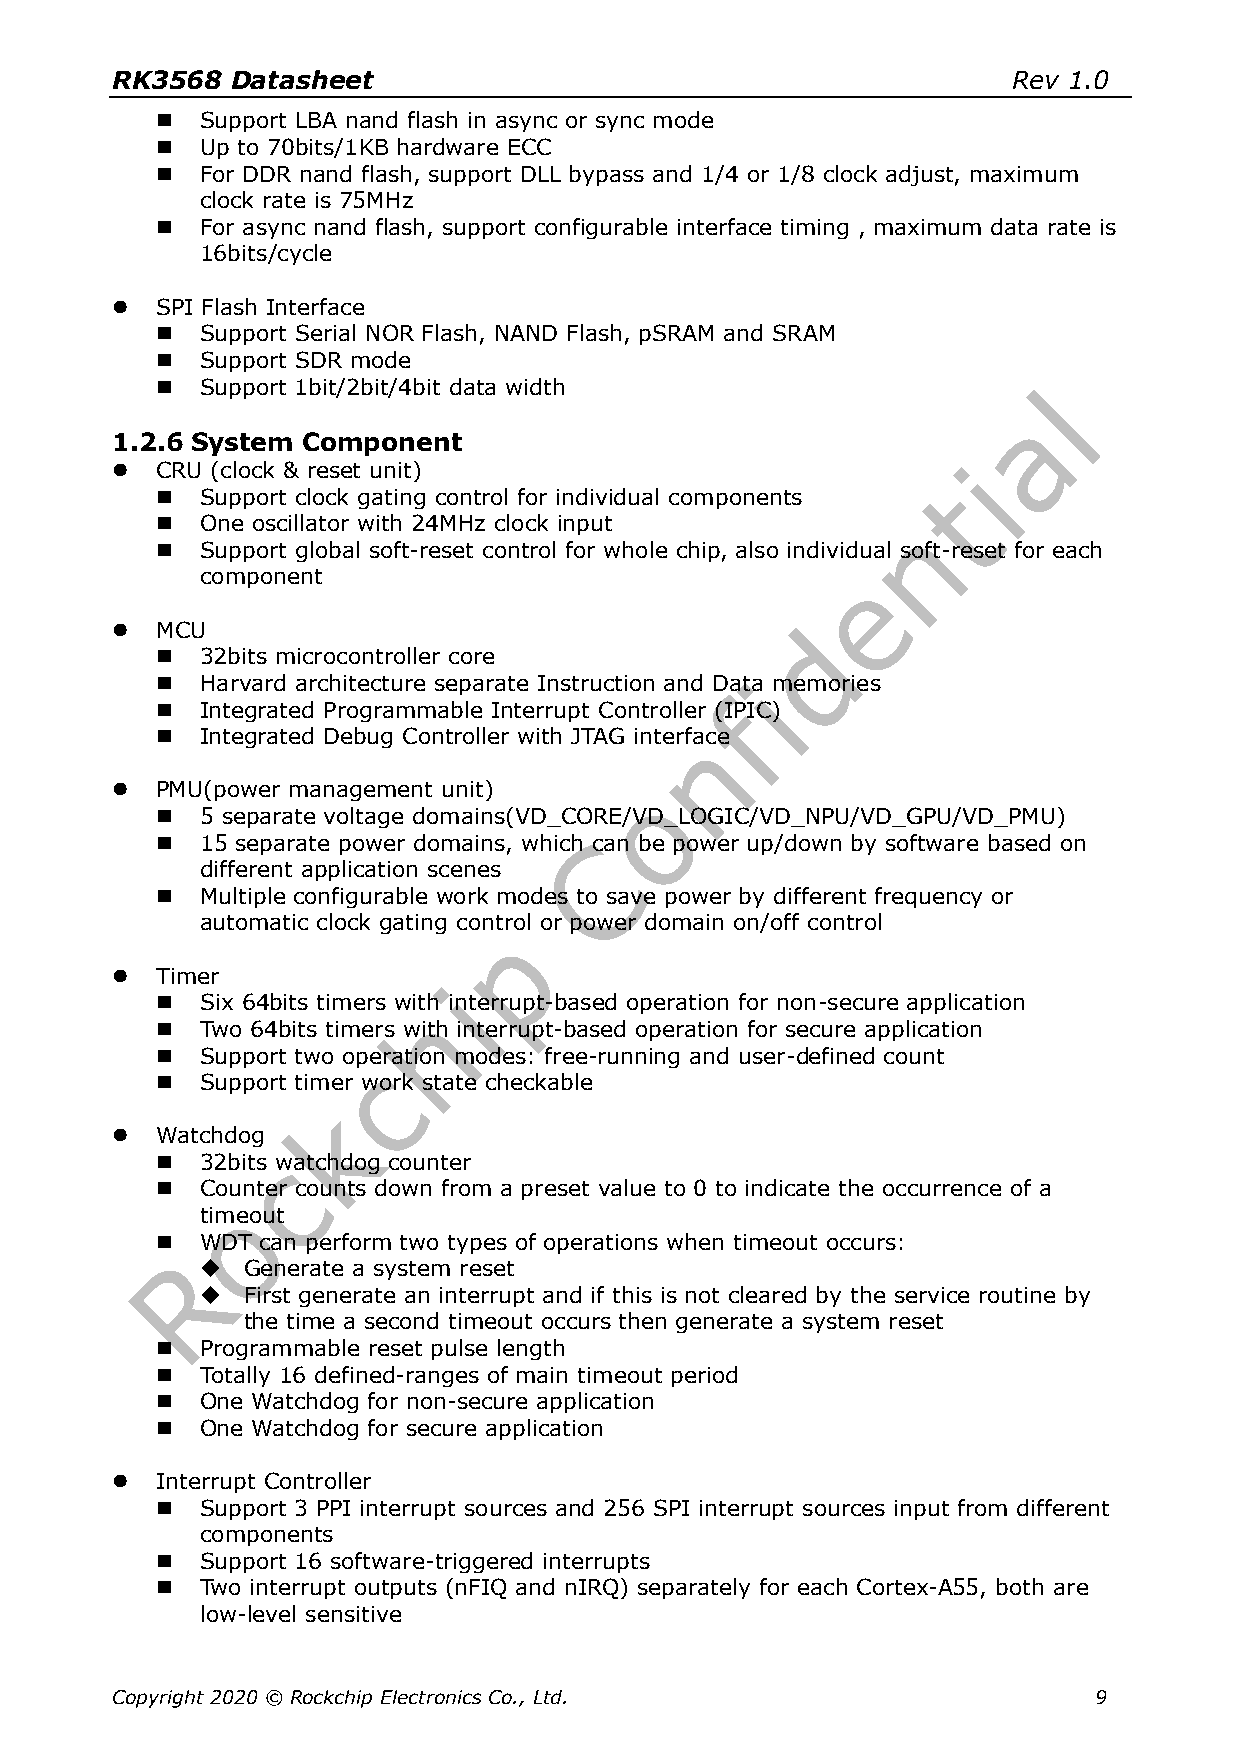
RK3568  Datasheet                                           Rev 1.0
   Support LBA nand flash in async or sync mode
   Up to 70bits/1KB hardware ECC
   For DDR nand flash, support DLL bypass and 1/4 or 1/8 clock adjust, maximum
 clock rate is 75MHz
   For async nand flash, support configurable interface timing , maximum data rate is
 16bits/cycle
   SPI Flash Interface
   Support Serial NOR Flash, NAND Flash, pSRAM and SRAM
   Support SDR mode
   Support 1bit/2bit/4bit data width
 1.2.6 System Component
   CRU (clock & reset unit)
   Support clock gating control for individual components
   One oscillator with 24MHz clock input
   Support global soft-reset control for whole chip, also individual soft-reset for each
 component
   MCU
   32bits microcontroller core
   Harvard architecture separate Instruction and Data memories
   Integrated Programmable Interrupt Controller (IPIC)
   Integrated Debug Controller with JTAG interface
   PMU(power management unit)
   5 separate voltage domains(VD_CORE/VD_LOGIC/VD_NPU/VD_GPU/VD_PMU)
   15 separate power domains, which can be power up/down by software based on
 different application scenes
   Multiple configurable work modes to save power by different frequency or
 automatic clock gating control or power domain on/off control
   Timer
   Six 64bits timers with interrupt-based operation for non-secure application
   Two 64bits timers with interrupt-based operation for secure application
   Support two operation modes: free-running and user-defined count
   Support timer work state checkable
   Watchdog
   32bits watchdog counter
   Counter counts down from a preset value to 0 to indicate the occurrence of a
 timeout
   WDT can perform two types of operations when timeout occurs:
   Generate a system reset
   First generate an interrupt and if this is not cleared by the service routine by
 the time a second timeout occurs then generate a system reset
   Programmable reset pulse length
   Totally 16 defined-ranges of main timeout period
   One Watchdog for non-secure application
   One Watchdog for secure application
   Interrupt Controller
   Support 3 PPI interrupt sources and 256 SPI interrupt sources input from different
 components
   Support 16 software-triggered interrupts
   Two interrupt outputs (nFIQ and nIRQ) separately for each Cortex-A55, both are
 low-level sensitive
 Copyright 2020 © Rockchip Electronics Co., Ltd.                  9